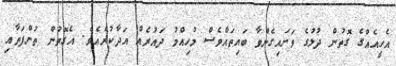
އެހީއެއްގެ ގޮތުން ދުލުގެ ވަށައިގެންވާ ބައިތައްވެސް މުހިއްމު ދައުރެއް އަދާކުރެއެވެ. އެގޮތުން ތުންފަތާއި